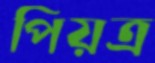
পিয়ত্র